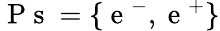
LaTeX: \mathrm{~P~s~}=\lbrace\mathrm{~e~}^{-},\mathrm{~e~}^{+}\rbrace